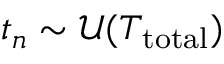
t _ { n } \sim \mathcal { U } ( T _ { \mathrm { t o t a l } } )